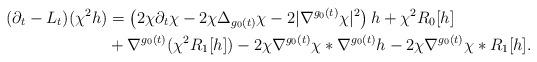
LaTeX: \begin{align*} (\partial_t-L_t)(\chi^2h) &= \left( 2\chi\partial_t\chi - 2\chi\Delta_{g_0(t)}\chi - 2|\nabla^{g_0(t)}\chi|^2 \right) h + \chi^2R_0[h]\\ & + \nabla^{g_0(t)}(\chi^2R_1[h]) - 2\chi \nabla^{g_0(t)}\chi * \nabla^{g_0(t)}h - 2\chi\nabla^{g_0(t)}\chi*R_1[h].\end{align*}